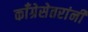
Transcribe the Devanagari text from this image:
काँग्रेसेतरांनी